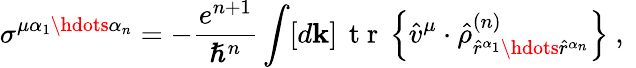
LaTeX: \sigma^{\mu\alpha_{1}\hdots\alpha_{n}}=-\frac{e^{n+1}}{\hslash^{n}}\int[d\mathbf{k}]\, \mathrm{~t~r~}\left\{ \hat{v}^{\mu}\cdot\hat{\rho}_{\hat{r}^{\alpha_{1}}\hdots\hat{r}^{\alpha_{n}}}^{(n)}\right\} \mathrm{~,~}